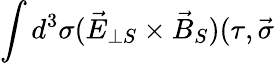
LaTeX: \int d^{3}\sigma(\vec{E}_{\perp S}\times\vec{B}_{S})(\tau,\vec{\sigma}